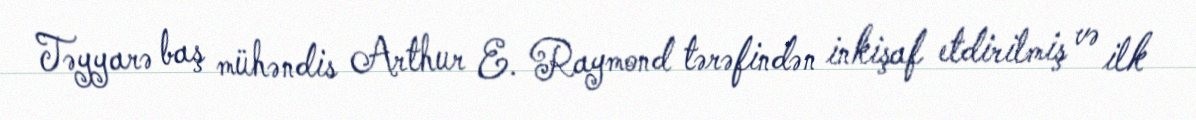
Təyyarə baş mühəndis Arthur E. Raymond tərəfindən inkişaf etdirilmiş və ilk